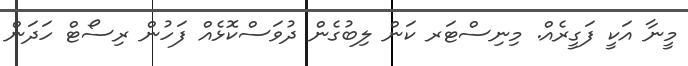
މީނާ އަކީ ފަގީރެއް. މިނިސްޓަރ ކަން ލިބުގެން ދުވަސްކޮޅެއް ފަހުން ރިސޯޓް ހަދަން